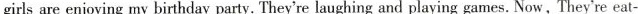
girls are enjoying my birthday party. They're laughing and playing games. Now, They're eat-